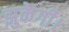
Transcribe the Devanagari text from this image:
झुकेगी।